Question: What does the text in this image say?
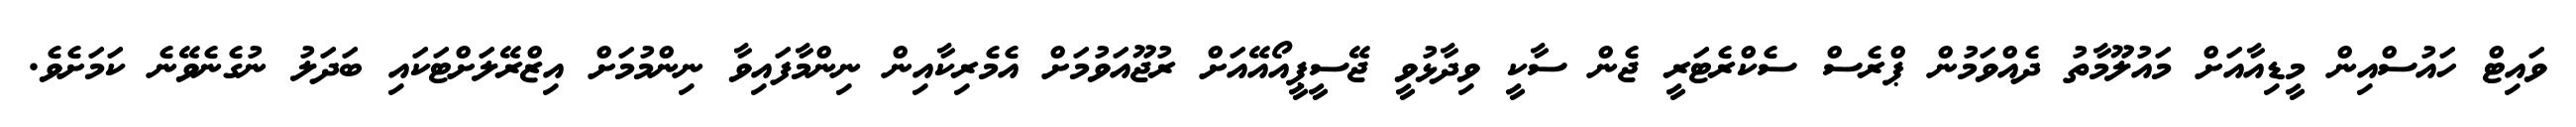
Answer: ވައިޓް ހައުސްއިން މީޑިއާއަށް މައުލޫމާތު ދެއްވަމުން ޕްރެސް ސެކްރެޓަރީ ޖެން ސާކީ ވިދާޅުވީ ޖޭސީޕީއޯއޭއަށް ރުޖޫއަވުމަށް އެމެރިކާއިން ނިންމާފައިވާ ނިންމުމަށް އިޒްރޭލަށްޓަކައި ބަދަލު ނުގެނެވޭނެ ކަމަށެވެ.